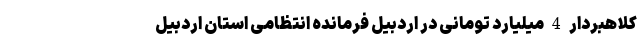
کلاهبردار 4 میلیارد تومانی در اردبیل فرمانده انتظامی استان اردبیل